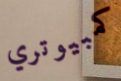
كمبيوتري